Report on vaccination in Madras 1895-1903 - 1895-1903
Year: 1895
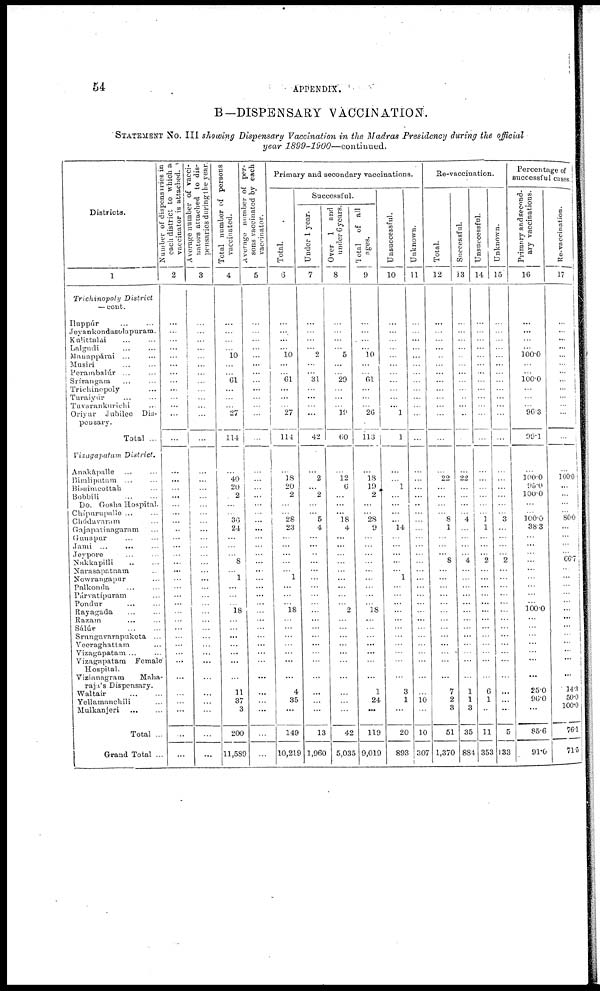
54
APPENDIX.
B—DISPENSARY VACCINATION.
STATEMENT NO. III showing Dispensary Vaccination in the Madras Presidency during the official
year
1899-1900—continued.
Districts.
1
Trichinopoly District
— cout.
Ilnppúr ... ... ...
Jeyankondasolapuram.
Kulittalai ... ...
Lalgudi ... ...
Mauappárai ... ...
Masiri ... ...
Porambalúr ... ...
Srírangam ... ...
Trichinopoly ...
Turaiyúr ... ...
Tuvarankurichi ...
Oriyur Jubilee Dis¬
pensary.
Total ...
Vizagapatam District.
Anakápalle ... ...
Bimlipatam ... ...
Bissimcottah ...
Bobbili
...
...
Do. Gosha Hospital.
Chípurupalle ... ...
Chódavaram ... ...
Gajapatinagaram ...
Gunapur ... ...
Jami ...
... ...
Jeypore ... ...
Nakkapilli ... ...
Narasapatnam ...
Nowrangapnr ...
Palkonda ... ...
Párvatípuram ...
Pondur ... ...
Rayagada ... ...
Razam ... ...
Salúr
...
...
Srnngavarapukota ...
Veeraghattam ...
Vizagapatam ... ...
Vizagapatara Female
Hospital.
Vizianagram Maha-
raja's Dispensary.
Waltair
...
...
Yellamanchili ...
Mulkanjeri
...
...
Total ...
Grand Total ...
Number of dispensaries in
each district to which a
vaccinator is attached.
2
...
...
...
...
...
...
...
...
...
...
... ...
...
...
...
...
...
...
...
...
...
...
...
...
...
...
...
...
...
...
...
...
...
...
...
...
...
...
...
...
...
...
...
Average number of vacci-
nators attached to dis-
pensaries during 1 be year,
8
...
...
...
...
...
...
...
...
...
...
...
...
...
...
...
...
...
...
...
...
...
...
...
...
...
...
...
...
...
...
...
...
...
...
...
...
...
...
...
...
...
...
...
Total number of persons
vaccinated.
4
...
...
...
...
10
...
...
61
...
...
...
27
114
...
40
20
2
...
...
36
24
...
...
...
8
...
1
...
...
...
18
...
...
...
...
...
...
...
11
37
3
200
11,589
Average number of per-
sons vaccinated by each
vaccinator.
5
...
...
...
...
...
...
...
...
...
...
...
...
...
...
...
...
...
...
...
...
...
...
...
...
...
...
...
...
...
...
...
...
...
...
...
...
...
...
...
...
...
...
Primary and secondary vaccinations.
Total.
6
...
...
...
...
10
...
...
61
...
...
...
27
114
...
18
20
2
...
...
28
23
...
...
...
...
...
1
...
...
...
18
...
...
...
...
...
...
...
4
35
...
149
10,219
Successful.
Under 1 year.
7
...
...
...
...
2
...
...
31
...
...
...
...
42
...
2
...
2
...
...
5
4
...
...
...
...
...
...
...
...
...
...
...
...
...
...
...
...
...
...
...
...
13
1,960
Over 1 and
under 6 years.
8
...
...
...
...
5
...
...
29
...
...
...
19
60
...
12
6
...
...
...
18
4
...
...
...
...
...
...
...
...
...
2
...
...
...
...
...
...
...
...
...
...
42
5,035
Total of all
ages.
9
...
...
...
...
10
...
...
61
...
...
...
26
113
...
18
19
2
...
...
28
9
...
...
...
...
...
...
...
...
...
18
...
...
...
...
...
...
...
1
24
...
119
9,019
Unsuccessful.
10
...
...
...
...
...
...
...
...
...
...
...
1
1
...
...
1
...
...
...
...
14
...
...
...
...
...
1
...
...
...
...
...
...
...
...
...
...
...
3
1
...
20
893
Unknown.
11
...
...
...
...
...
...
...
...
...
...
...
...
...
...
...
...
...
...
...
...
...
...
...
...
...
...
...
...
...
...
...
...
...
...
...
...
...
...
...
10
...
10
307
Re-vaccination.
Total.
12
...
...
...
...
...
...
...
...
...
...
...
...
...
...
22
...
...
...
...
8
1
...
...
...
8
...
...
...
...
...
...
...
...
...
...
...
...
...
7
2
3
51
1,370
Successful.
13
...
...
...
...
...
...
...
...
...
...
...
...
...
...
22
...
...
...
...
4
...
...
...
...
4
...
...
...
...
...
...
...
...
...
...
...
...
...
1
1
3
35
884
Unsuccessful.
14
...
...
...
...
...
...
...
...
...
...
...
...
...
...
...
...
...
...
...
1
1
...
...
...
2
...
...
...
...
...
...
...
...
...
...
...
...
...
6
1
...
11
353
Unknown.
15
...
...
...
...
...
...
...
...
...
...
...
...
...
...
...
...
...
...
...
3
...
...
...
...
2
...
...
...
...
...
...
...
...
...
...
...
...
...
...
...
...
5
133
Percentage of
successful case
Primary and second-
ary vaccinations
16
...
...
...
...
100.0
...
...
100.0
...
...
...
96.3
99.1
...
100.0
95.0
100.0
...
...
100.0
38.3
...
...
...
...
...
...
...
...
...
100.0
...
...
...
...
...
...
...
25.0
96.0
...
85.6
91.0
Re-vaccination.
17
...
...
...
...
...
...
...
...
...
...
...
...
...
...
100.0
...
...
...
...
80.0
...
...
...
...
66.7
...
...
...
...
...
...
...
...
...
...
...
...
...
14.3
50.0
100.0
76.1
71.5